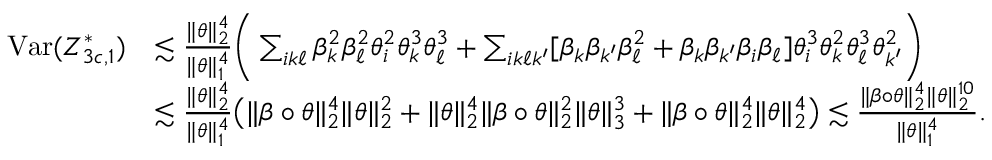
\begin{array} { r l } { \mathrm { V a r } ( Z _ { 3 c , 1 } ^ { * } ) } & { \lesssim \frac { \| \theta \| _ { 2 } ^ { 4 } } { \| \theta \| _ { 1 } ^ { 4 } } \bigg ( \sum _ { i k \ell } \beta _ { k } ^ { 2 } \beta _ { \ell } ^ { 2 } \theta _ { i } ^ { 2 } \theta _ { k } ^ { 3 } \theta _ { \ell } ^ { 3 } + \sum _ { i k \ell k ^ { \prime } } [ \beta _ { k } \beta _ { k ^ { \prime } } \beta _ { \ell } ^ { 2 } + \beta _ { k } \beta _ { k ^ { \prime } } \beta _ { i } \beta _ { \ell } ] \theta _ { i } ^ { 3 } \theta _ { k } ^ { 2 } \theta _ { \ell } ^ { 3 } \theta _ { k ^ { \prime } } ^ { 2 } \bigg ) } \\ & { \lesssim \frac { \| \theta \| _ { 2 } ^ { 4 } } { \| \theta \| _ { 1 } ^ { 4 } } \big ( \| \beta \circ \theta \| _ { 2 } ^ { 4 } \| \theta \| _ { 2 } ^ { 2 } + \| \theta \| _ { 2 } ^ { 4 } \| \beta \circ \theta \| _ { 2 } ^ { 2 } \| \theta \| _ { 3 } ^ { 3 } + \| \beta \circ \theta \| _ { 2 } ^ { 4 } \| \theta \| _ { 2 } ^ { 4 } \big ) \lesssim \frac { \| \beta \circ \theta \| _ { 2 } ^ { 4 } \| \theta \| _ { 2 } ^ { 1 0 } } { \| \theta \| _ { 1 } ^ { 4 } } . } \end{array}